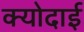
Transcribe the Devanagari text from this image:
क्योदाई